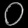
Digit: ၀